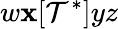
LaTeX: w\mathbf{x}[\mathcal{T}^{*}]yz